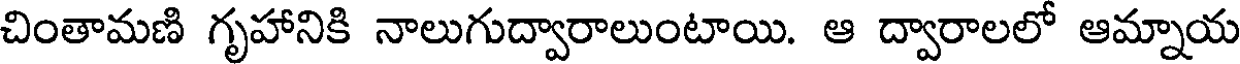
చింతామణి గృహానికి నాలుగుద్వారాలుంటాయి. ఆ ద్వారాలలో ఆమ్నాయ